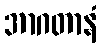
အာဂတာနံ